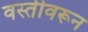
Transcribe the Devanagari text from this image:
वस्तीवरून